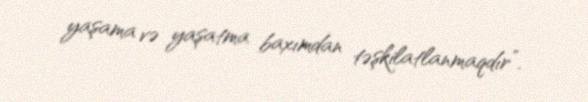
yaşama və yaşatma baxımdan təşkilatlanmaqdır”.